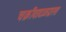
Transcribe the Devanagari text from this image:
चक्रीवादळग्रस्त